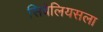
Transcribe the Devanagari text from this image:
सिबेलियसला